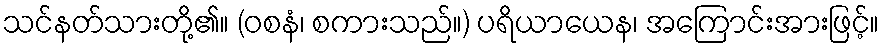
သင်နတ်သားတို့၏။ (ဝစနံ၊ စကားသည်။) ပရိယာယေန၊ အကြောင်းအားဖြင့်။